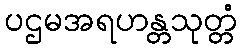
ပဌမအရဟန္တသုတ္တံ